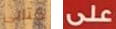
كتابى على